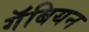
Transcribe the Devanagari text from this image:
गॅबियन